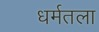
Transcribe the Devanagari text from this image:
धर्मतला